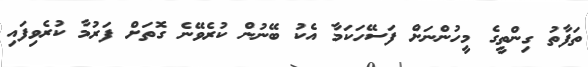
ތަފާތު ގިންތީގެ މީހުންނަށް ފަސޭހަކަމާ އެކު ބޭނުން ކުރެވޭނެ ގޮތަށް ފަރުމާ ކުރެވިފައި